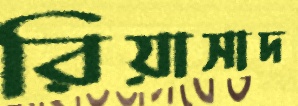
রিয়াসাদ